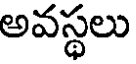
అవస్థలు